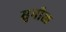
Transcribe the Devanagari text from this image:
सुनीळ